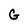
Character: G